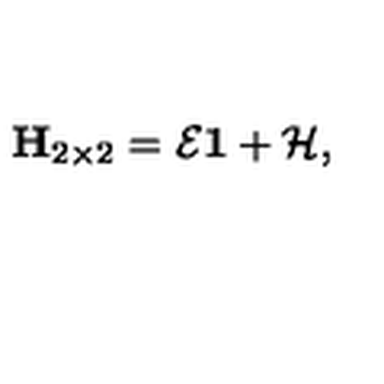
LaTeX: { \bf H } _ { 2 \times 2 } = { \cal E } { \bf 1 } + { \cal H , }